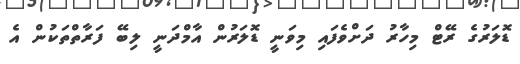
ޑޮލަރުގެ ރޭޓް މިހާރު ދަށްވެފައި މިވަނީ ޑޮލަރުން އާމްދަނީ ލިބޭ ފަރާތްތަކުން އެ